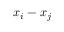
x _ { i } - x _ { j }